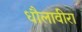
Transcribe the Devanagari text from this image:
धौलावीरा